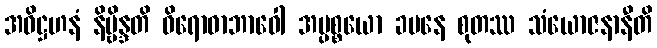
အဓိဋ္ဌဟနံ နိဗ္ဗိန္ဒတိ ဝိရောဓာဘာဝေါ အပ္ပစ္စယော ခမနေ စုတဿ သံယောဇနာနီတိ